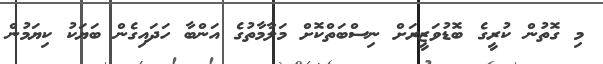
މި ގޮތުން ކުރީގެ ބޮޑުވަޒީރަށް ނިސްބަތްކޮށް މަލާމާތުގެ އަންބާ ހަދައިގެން ބަޔަކު ކިޔަމުން